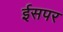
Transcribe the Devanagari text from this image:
ईसपर